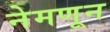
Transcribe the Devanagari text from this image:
नेमणून